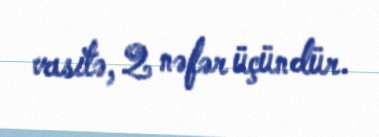
vasitə, 2 nəfər üçündür.